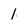
Character: 1